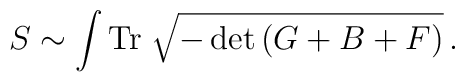
S \sim \int {\rm Tr}\; \sqrt{-\det \left( G + B + F \right)}\,.